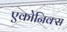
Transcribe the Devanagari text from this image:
एकोनिक्स